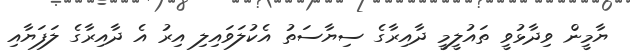
ޔާމީން ވިދާޅުވީ ތައުލީމީ ދާއިރާގެ ސިޔާސަތު އެކުލަވައިލި އިރު އެ ދާއިރާގެ ލަފަޔާއި